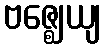
ဗဇ္ဈေယျ